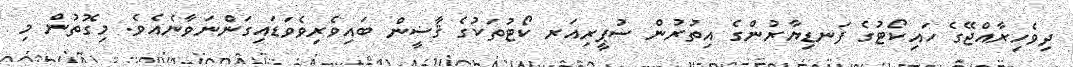
ދިވެހިރާއްޖޭގެ ހައިކޯޓުގެ ފަނޑިޔާރުންގެ އިތުރުން ސުޕީރިއަރ ކޯޓުތަކުގެ ޤާޟީން ބައިވެރިވެވަޑައިގަންނަވާނެއެވެ. މިގޮތުން މި